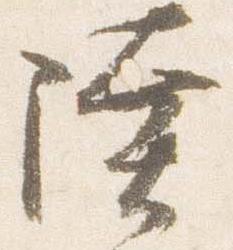
陸